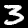
Label: 3